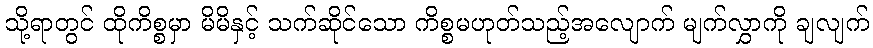
သို့ရာတွင် ထိုကိစ္စမှာ မိမိနှင့် သက်ဆိုင်သော ကိစ္စမဟုတ်သည့်အလျောက် မျက်လွှာကို ချလျက်